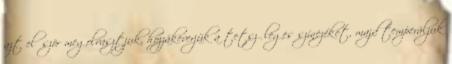
azt először megolvasztjuk, hozzákeverjük a tetszőleges színezéket, majd temperáljuk